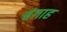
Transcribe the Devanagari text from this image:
बंगाह